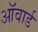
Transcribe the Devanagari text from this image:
ऑवार्ड